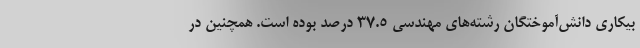
بیکاری دانش‌آموختگان رشته‌های مهندسی ۳۷.۵ درصد بوده است. همچنین در